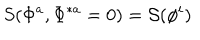
S ( \Phi ^ { a } , \Phi ^ { \ast a } = 0 ) = { \cal S } ( \phi ^ { i } )